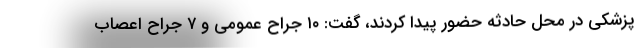
پزشکی در محل حادثه حضور پیدا کردند، گفت: ۱۰ جراح عمومی و ۷ جراح اعصاب